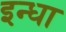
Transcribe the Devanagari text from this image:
इन्धा